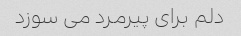
دلم برای پیرمرد می سوزد